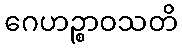
ဂေဟဉ္စာဝသတိ